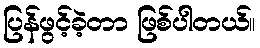
ပြန်ဖွင့်ခဲ့တာ ဖြစ်ပါတယ်။